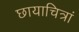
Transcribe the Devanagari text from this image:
छायाचित्रां